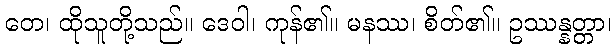
တေ၊ ထိုသူတို့သည်။ ဒေဝါ၊ ကုန်၏။ မနဿ၊ စိတ်၏။ ဥဿန္နတ္တာ၊